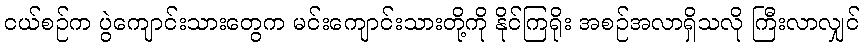
ငယ်စဉ်က ပွဲကျောင်းသားတွေက မင်းကျောင်းသားတို့ကို နိုင်ကြရိုး အစဉ်အလာရှိသလို ကြီးလာလျှင်